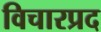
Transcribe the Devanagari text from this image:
विचारप्रद